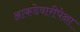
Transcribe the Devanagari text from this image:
आकडेवारीपेक्षा